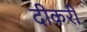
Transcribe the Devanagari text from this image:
दीकरी